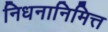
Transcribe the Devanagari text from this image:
निधनानिमित्त